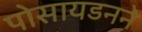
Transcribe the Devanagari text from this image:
पोसायडनने